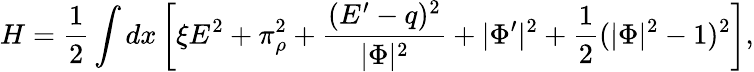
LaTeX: H={\frac{1}{2}}\int dx\left[\xi E^{2}+\pi_{\rho}^{2}+{\frac{(E^{\prime}-q)^{2}}{|\Phi|^{2}}}+|\Phi^{\prime}|^{2}+{\frac{1}{2}}(|\Phi|^{2}-1)^{2}\right],